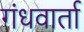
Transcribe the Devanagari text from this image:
गंधवार्ता